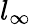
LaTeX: l_{\infty}